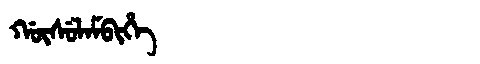
Manchu: ᡤᡡᠰᡠᠯᠠᠮᠪᡳᡥᡝ
Romanization: GŪSULAMBIHE